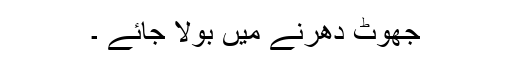
جھوٹ دھرنے میں بولا جائے ۔